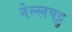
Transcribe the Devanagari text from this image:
नेल्‍लपट्टु